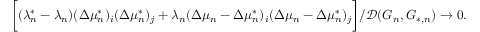
\begin{array} { r } { \biggr [ ( \lambda _ { n } ^ { * } - \lambda _ { n } ) ( \Delta \mu _ { n } ^ { * } ) _ { i } ( \Delta \mu _ { n } ^ { * } ) _ { j } + \lambda _ { n } ( \Delta \mu _ { n } - \Delta \mu _ { n } ^ { * } ) _ { i } ( \Delta \mu _ { n } - \Delta \mu _ { n } ^ { * } ) _ { j } \biggr ] / \mathcal { D } ( G _ { n } , G _ { * , n } ) \to 0 . } \end{array}